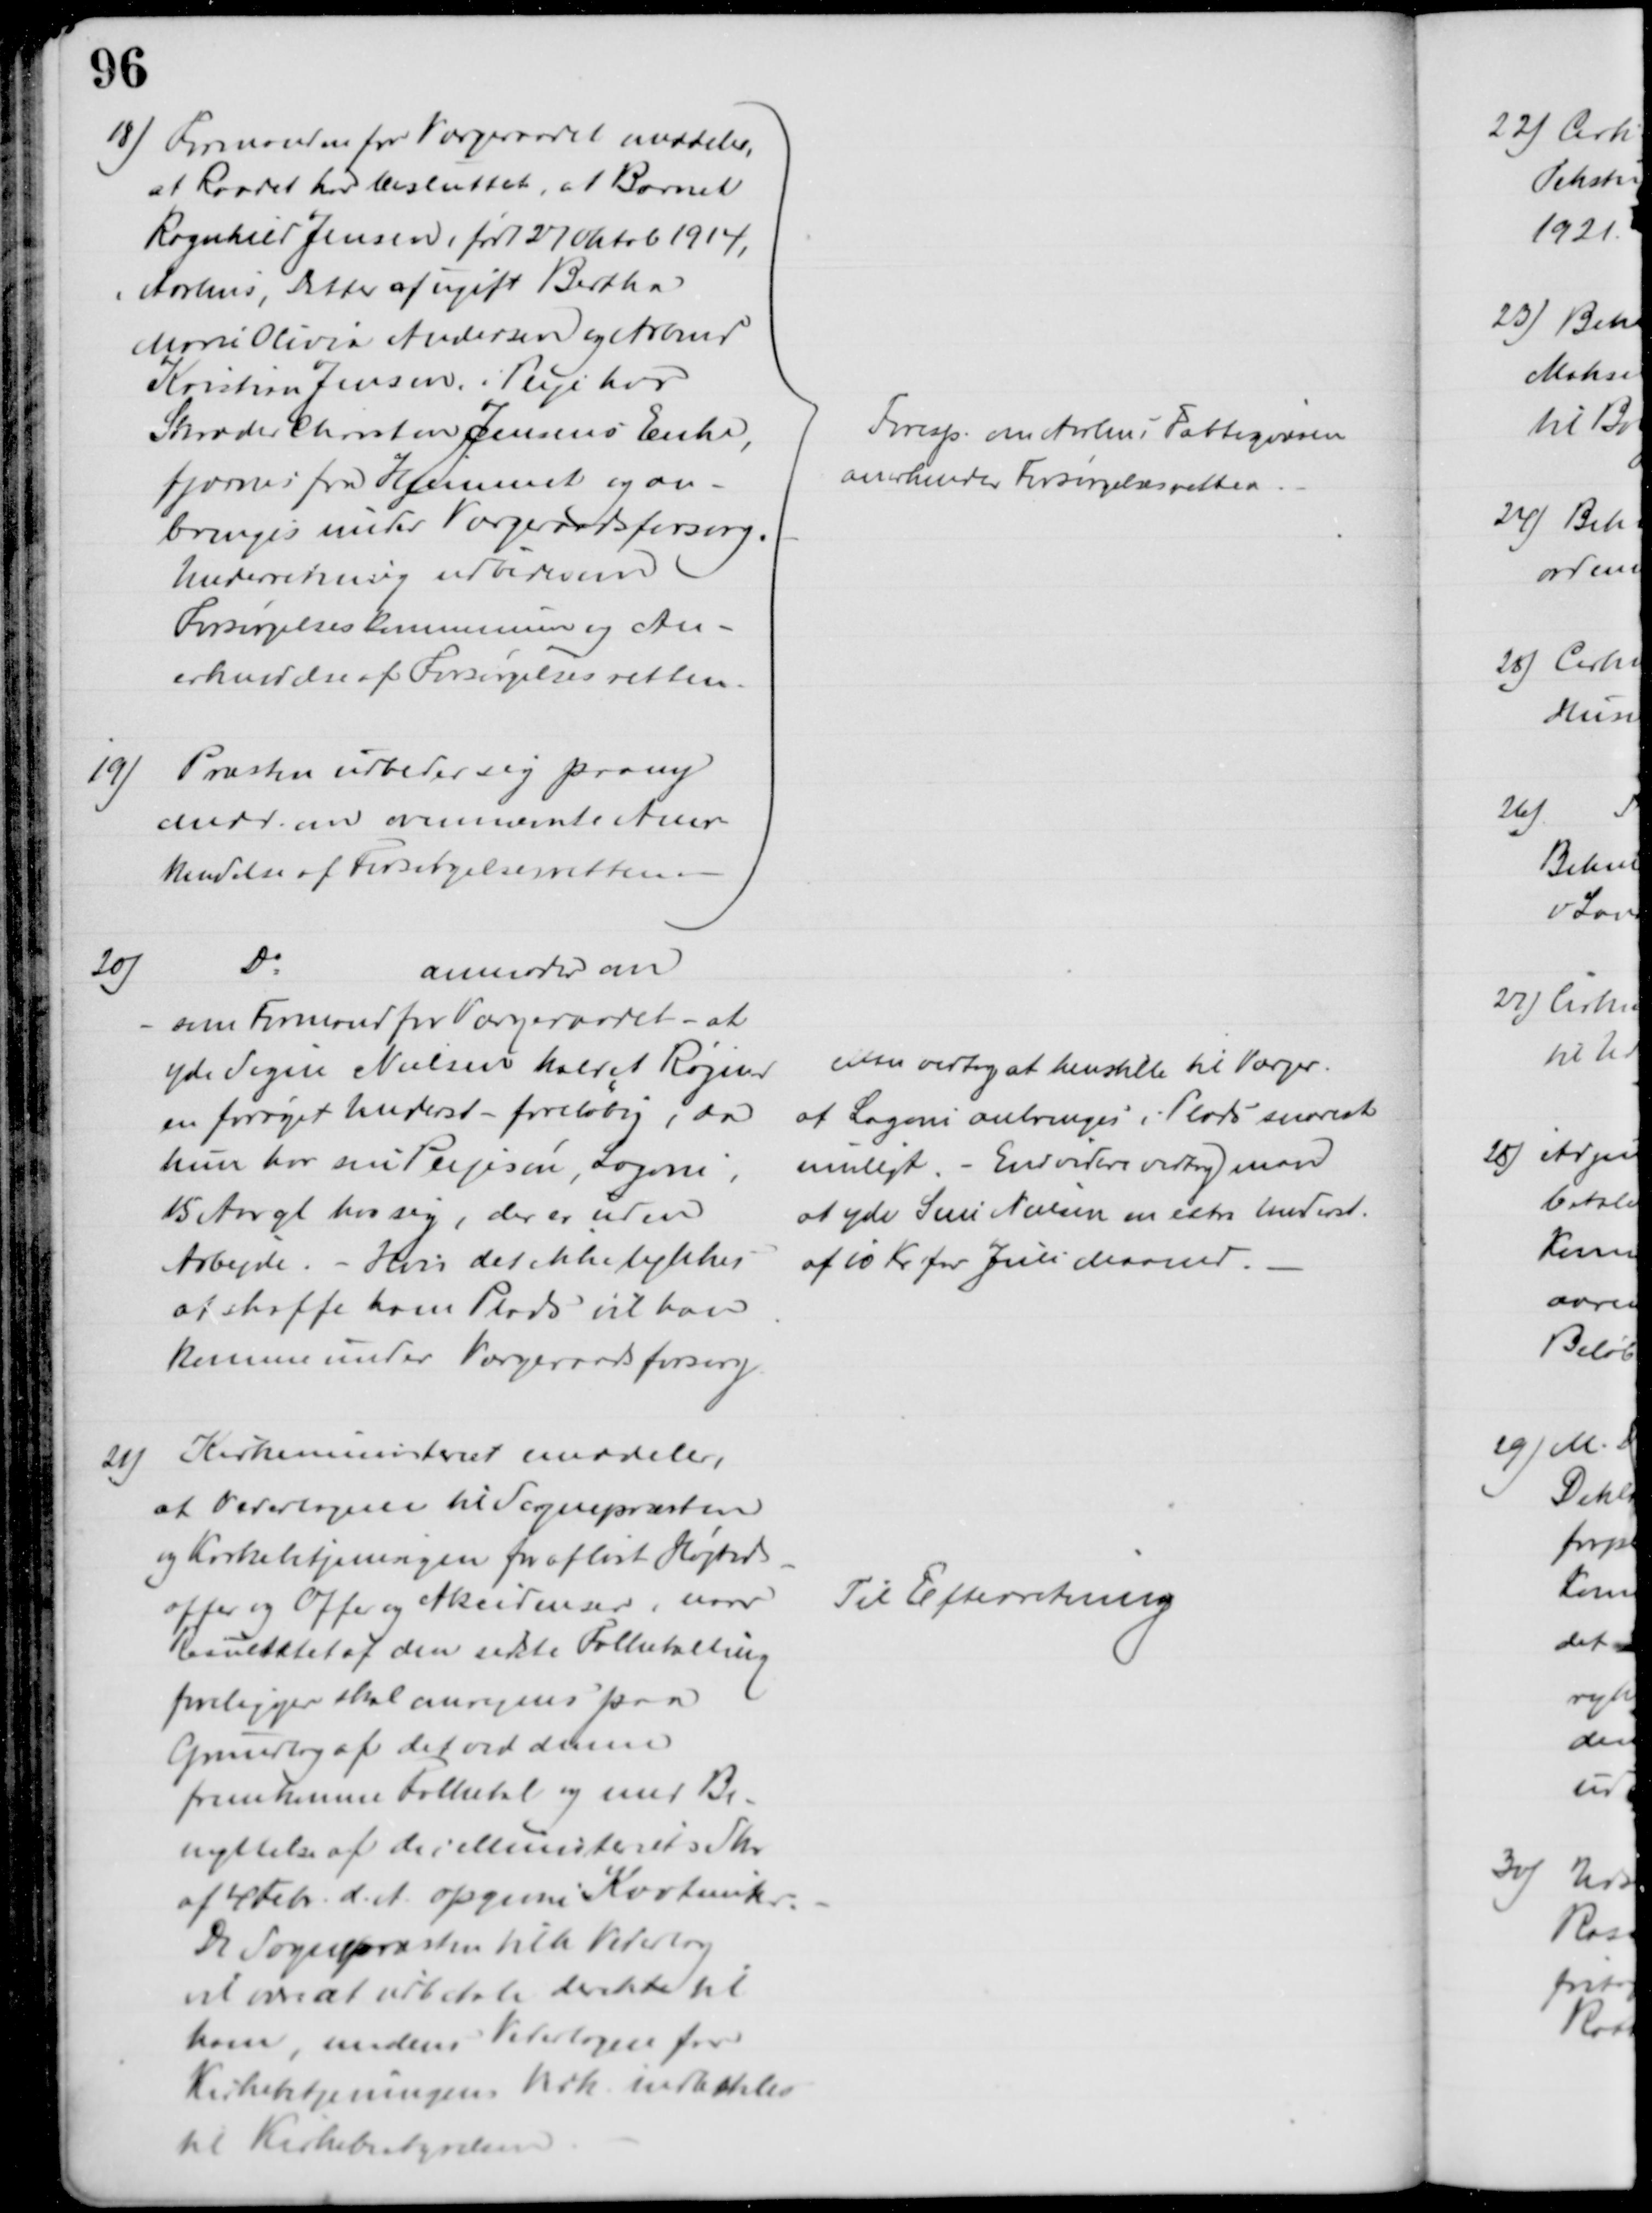
Transskription:
18) Formanden for Værgeraadet meddeler,
at Raadet har besluttet, at Barnet
Ragnhild Jensen, født 27 Oktob 1914,
i Aarhus, Datter af ugift Bertha
Marie Olivia Andersen og Arbmd
Kristian Jensen i Pleje hos
Skræder Christen Jensens Enke,
fjærnes fra Hjemmet og an-
bringes under Værgeraadsforsorg.
Underretning udbedes om
Forsørgelseskommunen og An-
erkendelse af Forsørgelsesretten.
19)
Præsten udbeder sig paany
Medd. om ovennævnte Aner-
kendelse af Forsørgelsesretten.
Foresp. om Aarhus Fattigvæsen
anerkender Forsørgelsesretten
20)
Do
anmoder om
- som Formand for Værgeraadet - at
yde Signe Nielsen kaldet Røgind
en forøget Underst - foreløbig, da
hun har sin Plejesøn, Lagoni,
15 Aar gl hos sig, der er uden
Arbejde. - Hvis det ikke tykkes
at skaffe ham Plads vil han
komme under Værgeraadsforsorg.
Man vedtog at henstille til Værger.
at Lagoni anbringes i Plads snarest
muligt. - Endvidere vedtog man
at yde Sine Nielsen en extra Underst.
af 10 Kr for Juli Maaned.
21)
Kirkeministeriet meddeler,
at Vederlagene til Sognepræsten
og Kirkebetjeningen for afløst Højtids-
offer og Offer og Akcidenser, naar
Resultatet af den sidste Folketælling
foreligger skal anregnes paa
Grundlag af det ved denne
fremkomme Folketal og med Be-
nyttelse af de i Ministeriets Skr.
af 4 Febr. d. A. opgivne Kvotienter
De Sognepræsten tilh Vederlag
vil være at udbetale direkte til
ham, medens Vederlagene for
Kirkebetjeningens Virk indbetales
til Kirkebestyrelsen
Til Efterretning